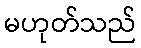
မဟုတ်သည်